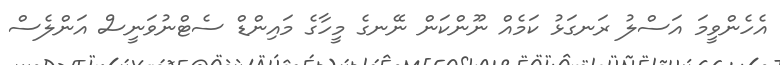
އެހެންވީމަ އަސްލު ރަނގަޅު ކަމެއް ނޫންކަން ނޭނގެ މީހާގެ މައިންޑް ސެޓްނުވަނީސް އަންލެސް